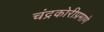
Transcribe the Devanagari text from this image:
चंद्रकोरीप्रमाणे